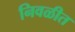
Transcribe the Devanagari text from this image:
निवळीत